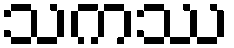
သကဿ